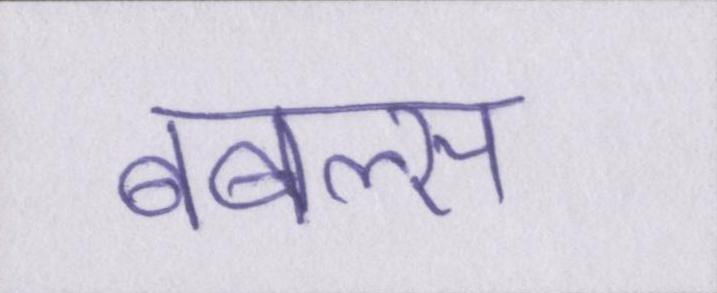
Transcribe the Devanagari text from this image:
बबल्स